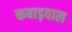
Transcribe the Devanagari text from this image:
कबाड़वाल